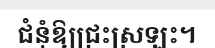
ជំនុំឱ្យជ្រះស្រឡះ។